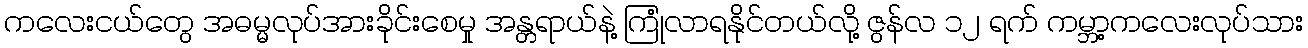
ကလေးငယ်တွေ အဓမ္မလုပ်အားခိုင်းစေမှု အန္တရာယ်နဲ့ ကြုံလာရနိုင်တယ်လို့ ဇွန်လ ၁၂ ရက် ကမ္ဘာ့ကလေးလုပ်သား